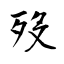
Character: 歿